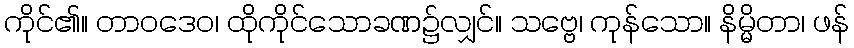
ကိုင်၏။ တာဝဒေဝ၊ ထိုကိုင်သောခဏ၌လျှင်။ သဗ္ဗေ၊ ကုန်သော။ နိမ္မိတာ၊ ဖန်